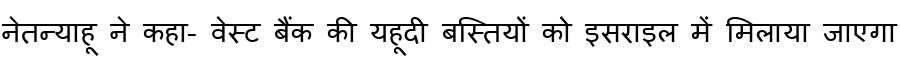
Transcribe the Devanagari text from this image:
नेतन्याहू ने कहा- वेस्ट बैंक की यहूदी बस्तियों को इसराइल में मिलाया जाएगा